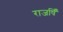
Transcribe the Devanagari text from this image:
राजषिँ